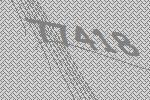
77418